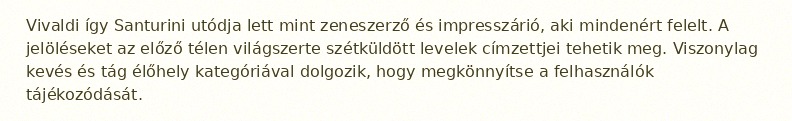
Vivaldi így Santurini utódja lett mint zeneszerző és impresszárió, aki mindenért felelt. A jelöléseket az előző télen világszerte szétküldött levelek címzettjei tehetik meg. Viszonylag kevés és tág élőhely kategóriával dolgozik, hogy megkönnyítse a felhasználók tájékozódását.